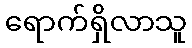
ရောက်ရှိလာသူ